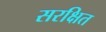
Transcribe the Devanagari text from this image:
सरक्षित